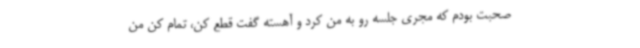
صحبت بودم که مجری جلسه رو به من کرد و آهسته گفت قطع کن، تمام کن من